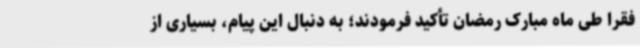
فقرا طی ماه مبارک رمضان تأکید فرمودند؛ به دنبال این پیام، بسیاری از